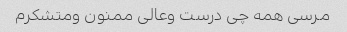
مرسی همه چی درست وعالی ممنون ومتشکرم